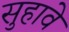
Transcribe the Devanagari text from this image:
सुहावे